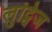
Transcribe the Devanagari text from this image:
लुट्विज